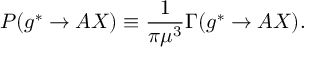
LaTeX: P ( g ^ { * } \rightarrow A X ) \equiv \frac { 1 } { \pi \mu ^ { 3 } } \Gamma ( g ^ { * } \rightarrow A X ) .